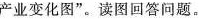
产业变化图”。读图回答问题。